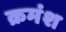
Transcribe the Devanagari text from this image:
क्रमंश